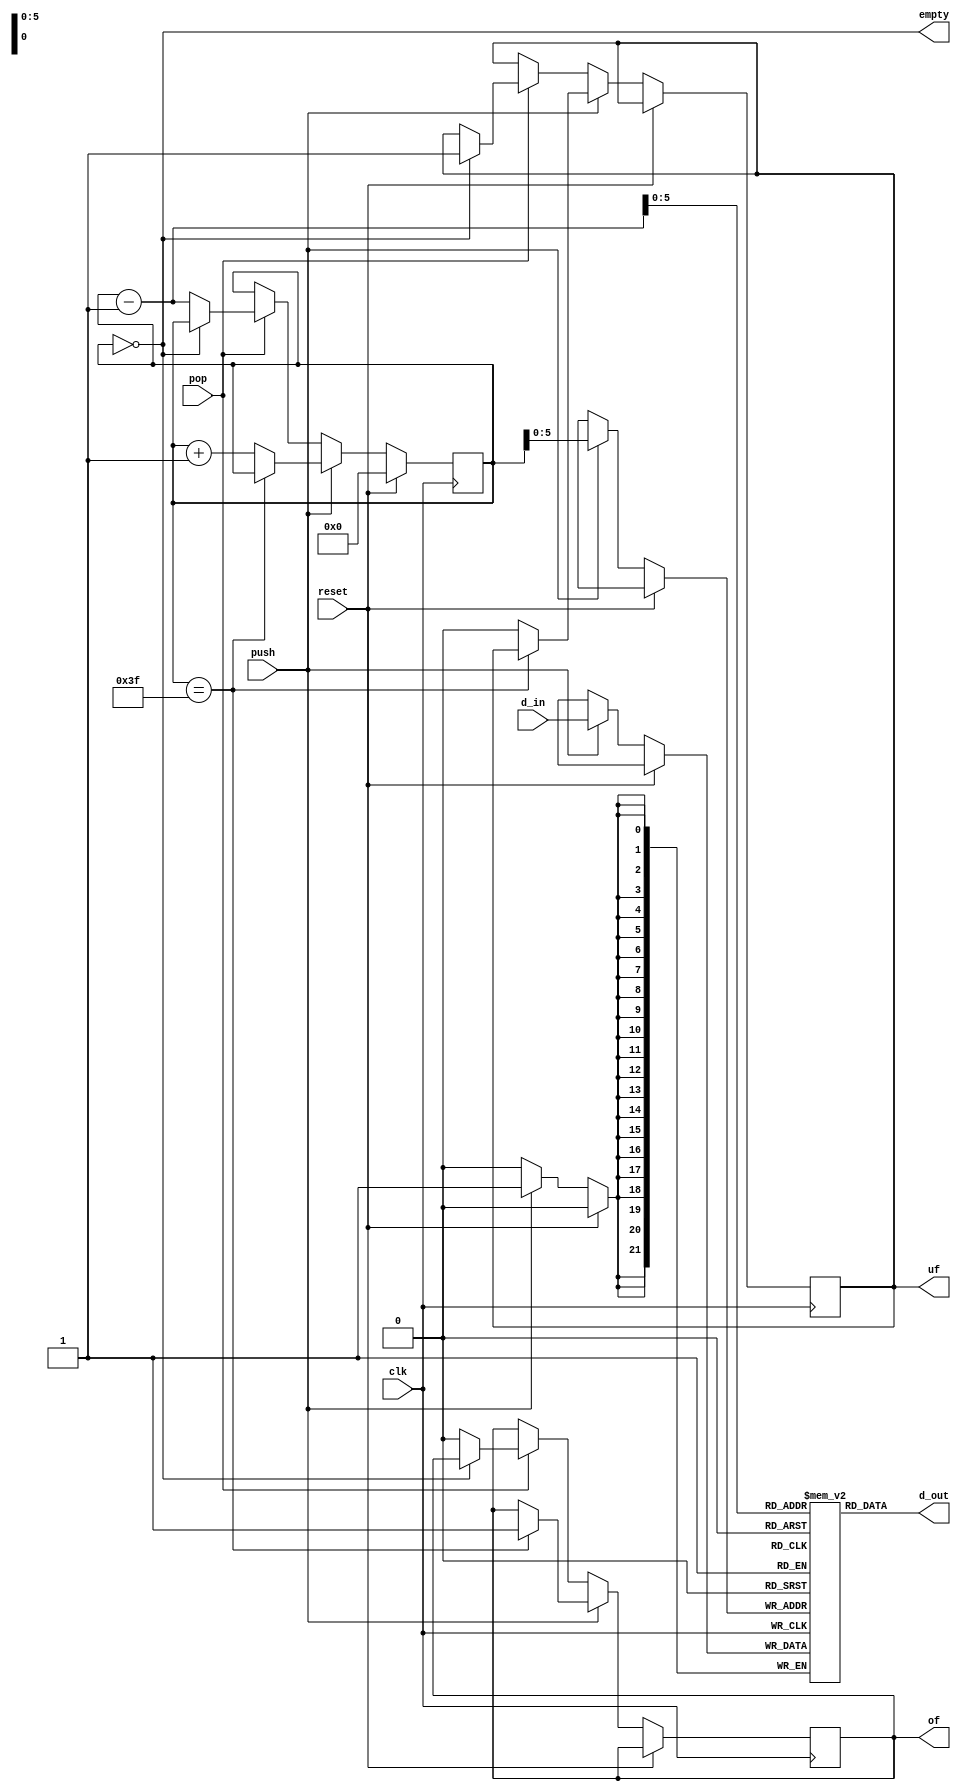
module stack(reset, d_in, push, pop, clk, d_out, of, uf, empty);	
	parameter depth=21;
	parameter stack_depth=6;
	
	input[depth:0] d_in;
	input reset, push, pop, clk;
	output [depth:0] d_out;
	output reg of=0 ,uf=0;
	output empty;
	
	reg [stack_depth:0]sp;
	reg [depth:0] mem [(1<<stack_depth)-1:0];
	assign d_out[depth:0]  = mem [sp-1];
	assign empty = (sp==0);
	
	always @(posedge clk) begin
		if(reset) begin
			sp = 0;
		end
		else if(push) begin
			mem[sp] = d_in;
			if(sp==((1<<stack_depth)-1))
			  of = 1;
			else begin	
			  sp = sp + 1;
			  uf = 0;
			end
		end
		else if(pop) begin
		  if(sp==0)
		    uf = 1;
		  else begin
		    sp = sp - 1;
		    of = 0;
		  end
		end
	end
endmodule